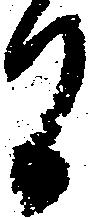
間